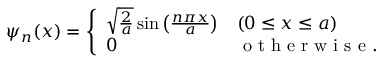
\psi _ { n } ( x ) = \left\{ \begin{array} { l l } { \sqrt { \frac { 2 } { a } } \sin \left( \frac { n \pi x } { a } \right) } & { ( 0 \le x \le a ) } \\ { 0 } & { \mathrm { ~ o ~ t ~ h ~ e ~ r ~ w ~ i ~ s ~ e ~ . ~ } } \end{array} \right.